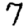
Digit: 7